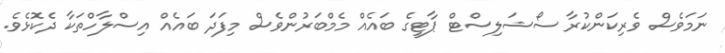
ނަމަވެސް ވެރިކަންކުރާ ސޯޝަލިސްޓް ޕާޓީގެ ބައެއް މެމްބަރުންވެސް މިފަދަ ބައެއް އިސްލާހްތަކާ ދެކޮޅެވެ.